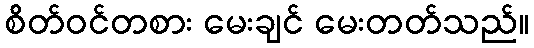
စိတ်ဝင်တစား မေးချင် မေးတတ်သည်။